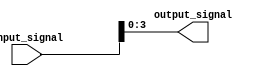
module bit_select_assign (
    input wire [7:0] input_signal,
    output reg [3:0] output_signal
);

always @* begin
    output_signal = input_signal[3:0];
end

endmodule